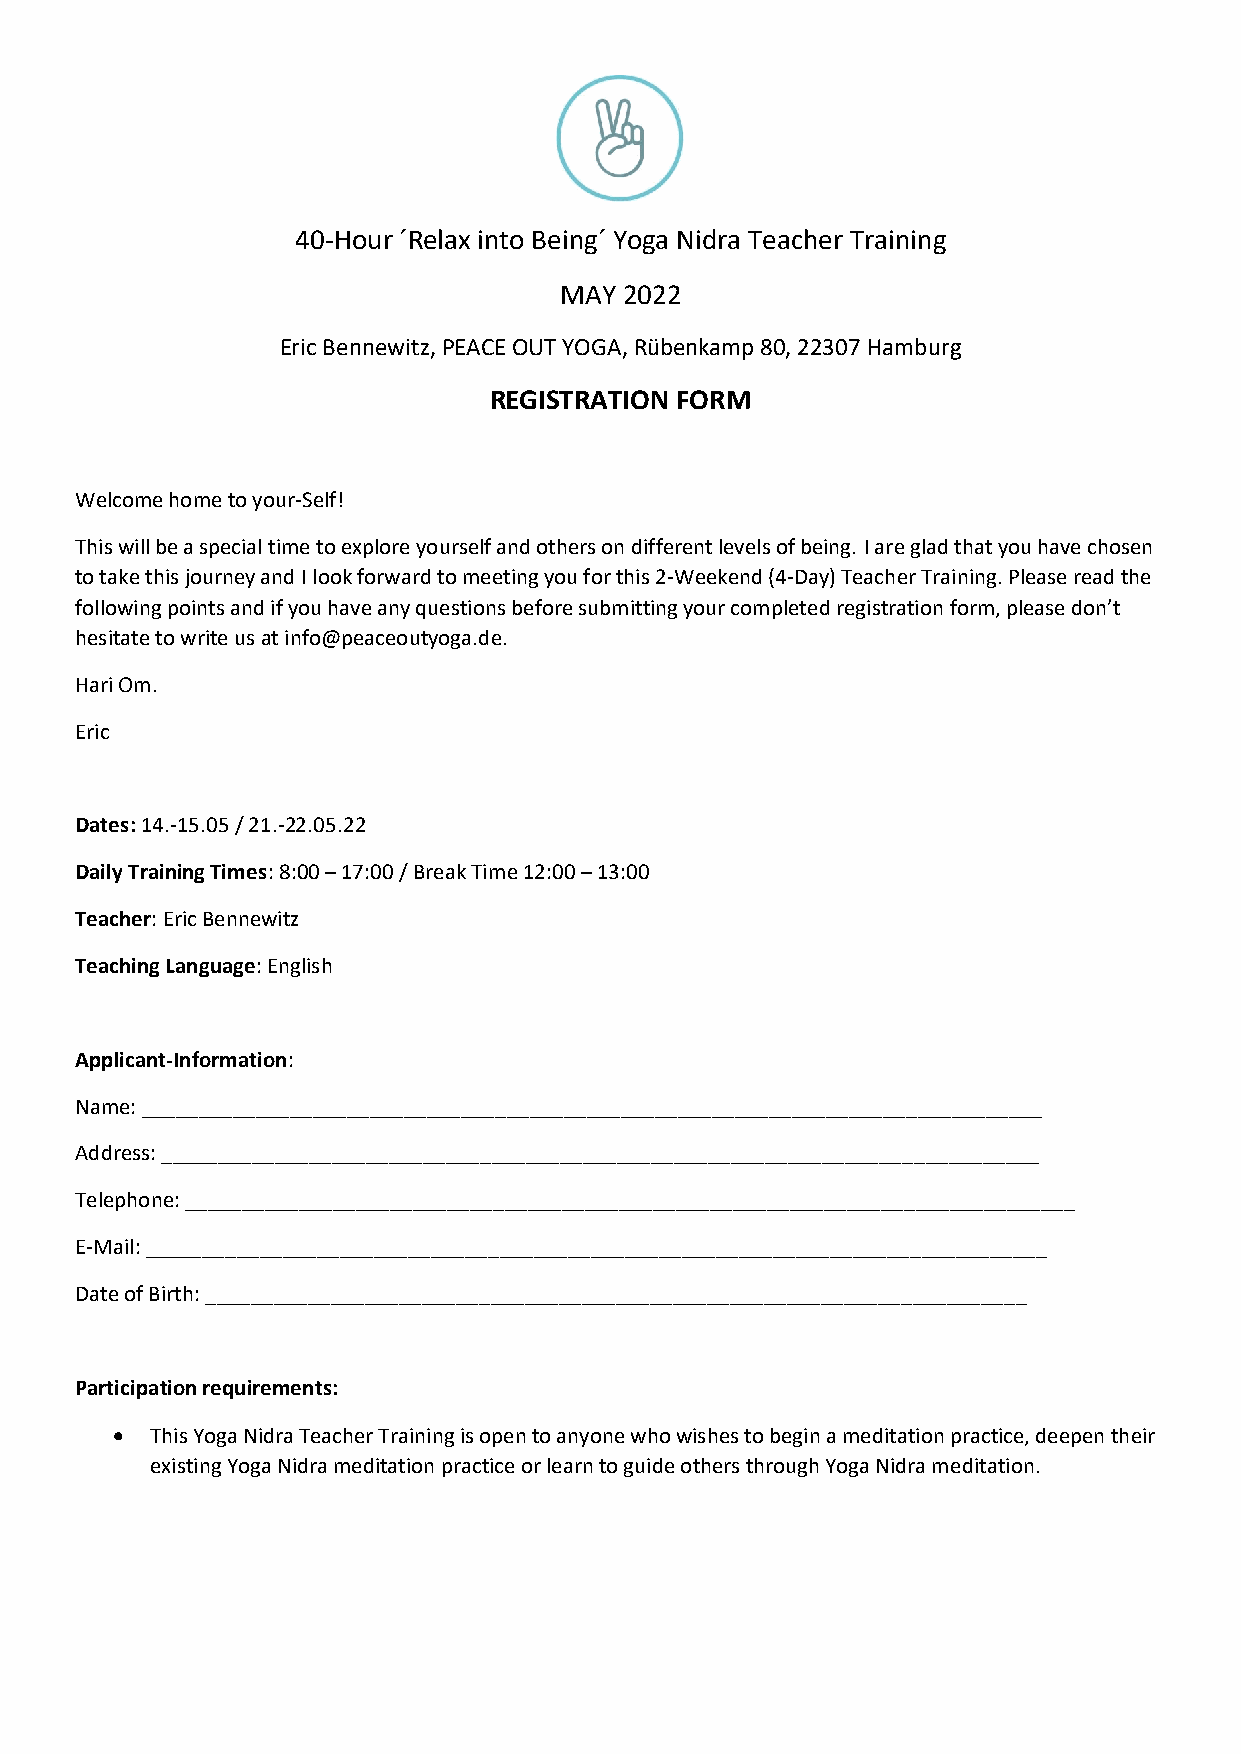
40-Hour ´Relax into Being´ Yoga Nidra Teacher Training
 MAY 2022
 Eric Bennewitz, PEACE OUT YOGA, Rübenkamp 80, 22307 Hamburg
 REGISTRATION FORM
 Welcome home to your-Self!
 This will be a special time to explore yourself and others on different levels of being. I are glad that you have chosen
 to take this journey and I look forward to meeting you for this 2-Weekend (4-Day) Teacher Training. Please read the
 following points and if you have any questions before submitting your completed registration form, please don’t
 hesitate to write us at info@peaceoutyoga.de.
 Hari Om.
 Eric
 Dates: 14.-15.05 / 21.-22.05.22
 Daily Training Times: 8:00 – 17:00 / Break Time 12:00 – 13:00
 Teacher: Eric Bennewitz
 Teaching Language: English
 Applicant-Information:
 Name: _______________________________________________________________________________
 Address: _____________________________________________________________________________
 Telephone: ______________________________________________________________________________
 E-Mail: _______________________________________________________________________________
 Date of Birth: ________________________________________________________________________
 Participation requirements:
 •  This Yoga Nidra Teacher Training is open to anyone who wishes to begin a meditation practice, deepen their
 existing Yoga Nidra meditation practice or learn to guide others through Yoga Nidra meditation.